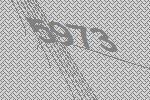
5973